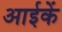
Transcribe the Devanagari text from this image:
आईकें